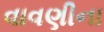
વાવણીના